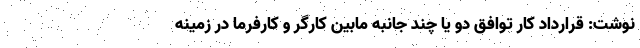
نوشت: قرارداد کار توافق دو یا چند جانبه مابین کارگر و کارفرما در زمینه